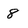
Character: 8